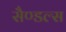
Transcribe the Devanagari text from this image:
सैण्डल्स